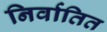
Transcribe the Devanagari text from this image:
निर्वातित